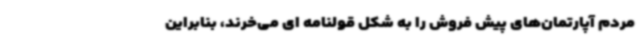
مردم آپارتمان‌های پیش فروش را به شکل قولنامه ای می‌خرند، بنابراین